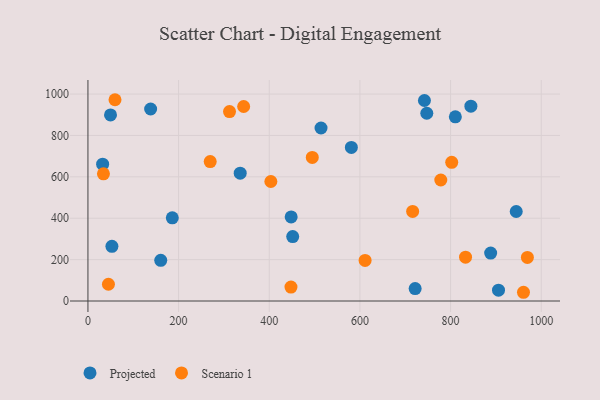
{"axis": {"x": "Engine Size", "y": "Demand"}, "legend": ["Projected", "Scenario 1"], "data": [{"x": "49.8", "y": 899.3, "type": "Projected"}, {"x": "32.4", "y": 661.3, "type": "Projected"}, {"x": "451.7", "y": 311.3, "type": "Projected"}, {"x": "944.8", "y": 432.4, "type": "Projected"}, {"x": "52.9", "y": 264.4, "type": "Projected"}, {"x": "335.9", "y": 617.9, "type": "Projected"}, {"x": "905.7", "y": 52.5, "type": "Projected"}, {"x": "514.2", "y": 836.0, "type": "Projected"}, {"x": "888.4", "y": 231.7, "type": "Projected"}, {"x": "810.5", "y": 890.0, "type": "Projected"}, {"x": "844.8", "y": 941.6, "type": "Projected"}, {"x": "138.3", "y": 927.7, "type": "Projected"}, {"x": "186.1", "y": 402.0, "type": "Projected"}, {"x": "721.8", "y": 59.9, "type": "Projected"}, {"x": "160.6", "y": 196.6, "type": "Projected"}, {"x": "747.5", "y": 907.3, "type": "Projected"}, {"x": "742.3", "y": 968.9, "type": "Projected"}, {"x": "581.1", "y": 742.2, "type": "Projected"}, {"x": "448.3", "y": 406.2, "type": "Projected"}, {"x": "343.5", "y": 939.9, "type": "Scenario 1"}, {"x": "45.2", "y": 81.0, "type": "Scenario 1"}, {"x": "494.9", "y": 693.7, "type": "Scenario 1"}, {"x": "447.9", "y": 67.3, "type": "Scenario 1"}, {"x": "312.3", "y": 915.2, "type": "Scenario 1"}, {"x": "802.5", "y": 670.3, "type": "Scenario 1"}, {"x": "833.0", "y": 211.7, "type": "Scenario 1"}, {"x": "611.4", "y": 196.3, "type": "Scenario 1"}, {"x": "778.4", "y": 584.6, "type": "Scenario 1"}, {"x": "716.3", "y": 432.7, "type": "Scenario 1"}, {"x": "59.7", "y": 972.6, "type": "Scenario 1"}, {"x": "34.2", "y": 614.6, "type": "Scenario 1"}, {"x": "960.8", "y": 42.2, "type": "Scenario 1"}, {"x": "269.7", "y": 673.8, "type": "Scenario 1"}, {"x": "969.4", "y": 210.7, "type": "Scenario 1"}, {"x": "403.5", "y": 577.5, "type": "Scenario 1"}]}